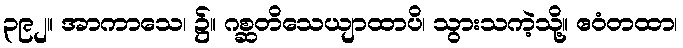
၃၉၂။ အာကာသေ၊ ၌။ ဂစ္ဆတိသေယျာထာပိ၊ သွားသကဲ့သို့။ ဧဝံတထာ၊